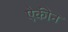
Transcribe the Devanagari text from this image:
ऐकीन